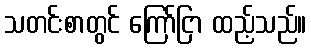
သတင်းစာတွင် ကြော်ငြာ ထည့်သည်။